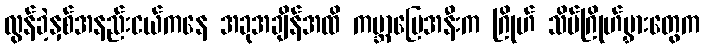
လွန်ခဲ့နှစ်အနည်းငယ်ကနေ အခုအချိန်အထိ ကမ္ဘာမြေအနီးက ဂြိုဟ် သိမ်ဂြိုဟ်မွှားတွေက